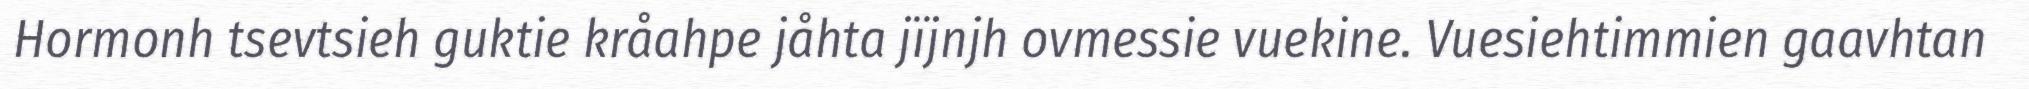
Hormonh tsevtsieh guktie kråahpe jåhta jïjnjh ovmessie vuekine. Vuesiehtimmien gaavhtan